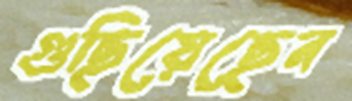
গুছিয়েছেন